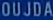
OUJDA